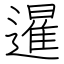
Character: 暹